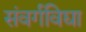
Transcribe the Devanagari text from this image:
संवर्गविद्या